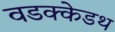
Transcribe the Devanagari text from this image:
वडक्केडथ